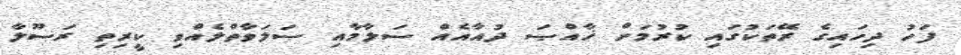
ފަހު ދިހައިގެ ރޭތަކުގައި ކުރުމަށް ޚާއްޞަ ދުއާއެއް ސަލާމާއި ޞަލަވާތްލެއްވި ކީރިތި ރަސޫލާ